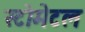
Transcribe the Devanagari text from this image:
स्टोमेटल